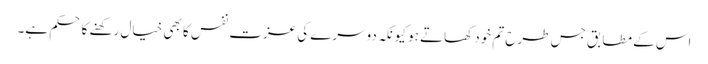
اس کے مطابق جس طرح تم خود کھاتے ہو کیونکہ دوسرے کی عزت نفس کا بھی خیال رکھنے کا حکم ہے۔